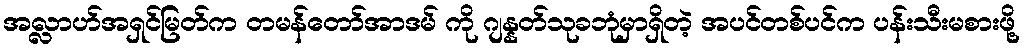
အလ္လာဟ်အရှင်မြတ်က တမန်တော်အာဒမ် ကို ဂျန္နတ်သုခဘုံမှာရှိတဲ့ အပင်တစ်ပင်က ပန်းသီးမစားဖို့